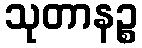
သုတာနဉ္စ